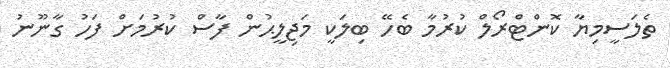
ތެލަސީމިޔާ ކޮންޓްރޯލް ކުރުމާ ބެހޭ ބިލަކީ މަޖިލީޙުން ފާސް ކުރުމަށް ފަހު ގާނޫނު